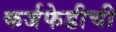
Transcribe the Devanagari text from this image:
कर्जफेडीची